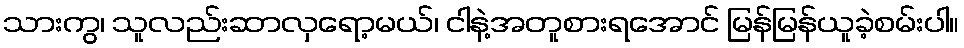
သားကွ၊ သူလည်းဆာလှရော့မယ်၊ ငါနဲ့အတူစားရအောင် မြန်မြန်ယူခဲ့စမ်းပါ။